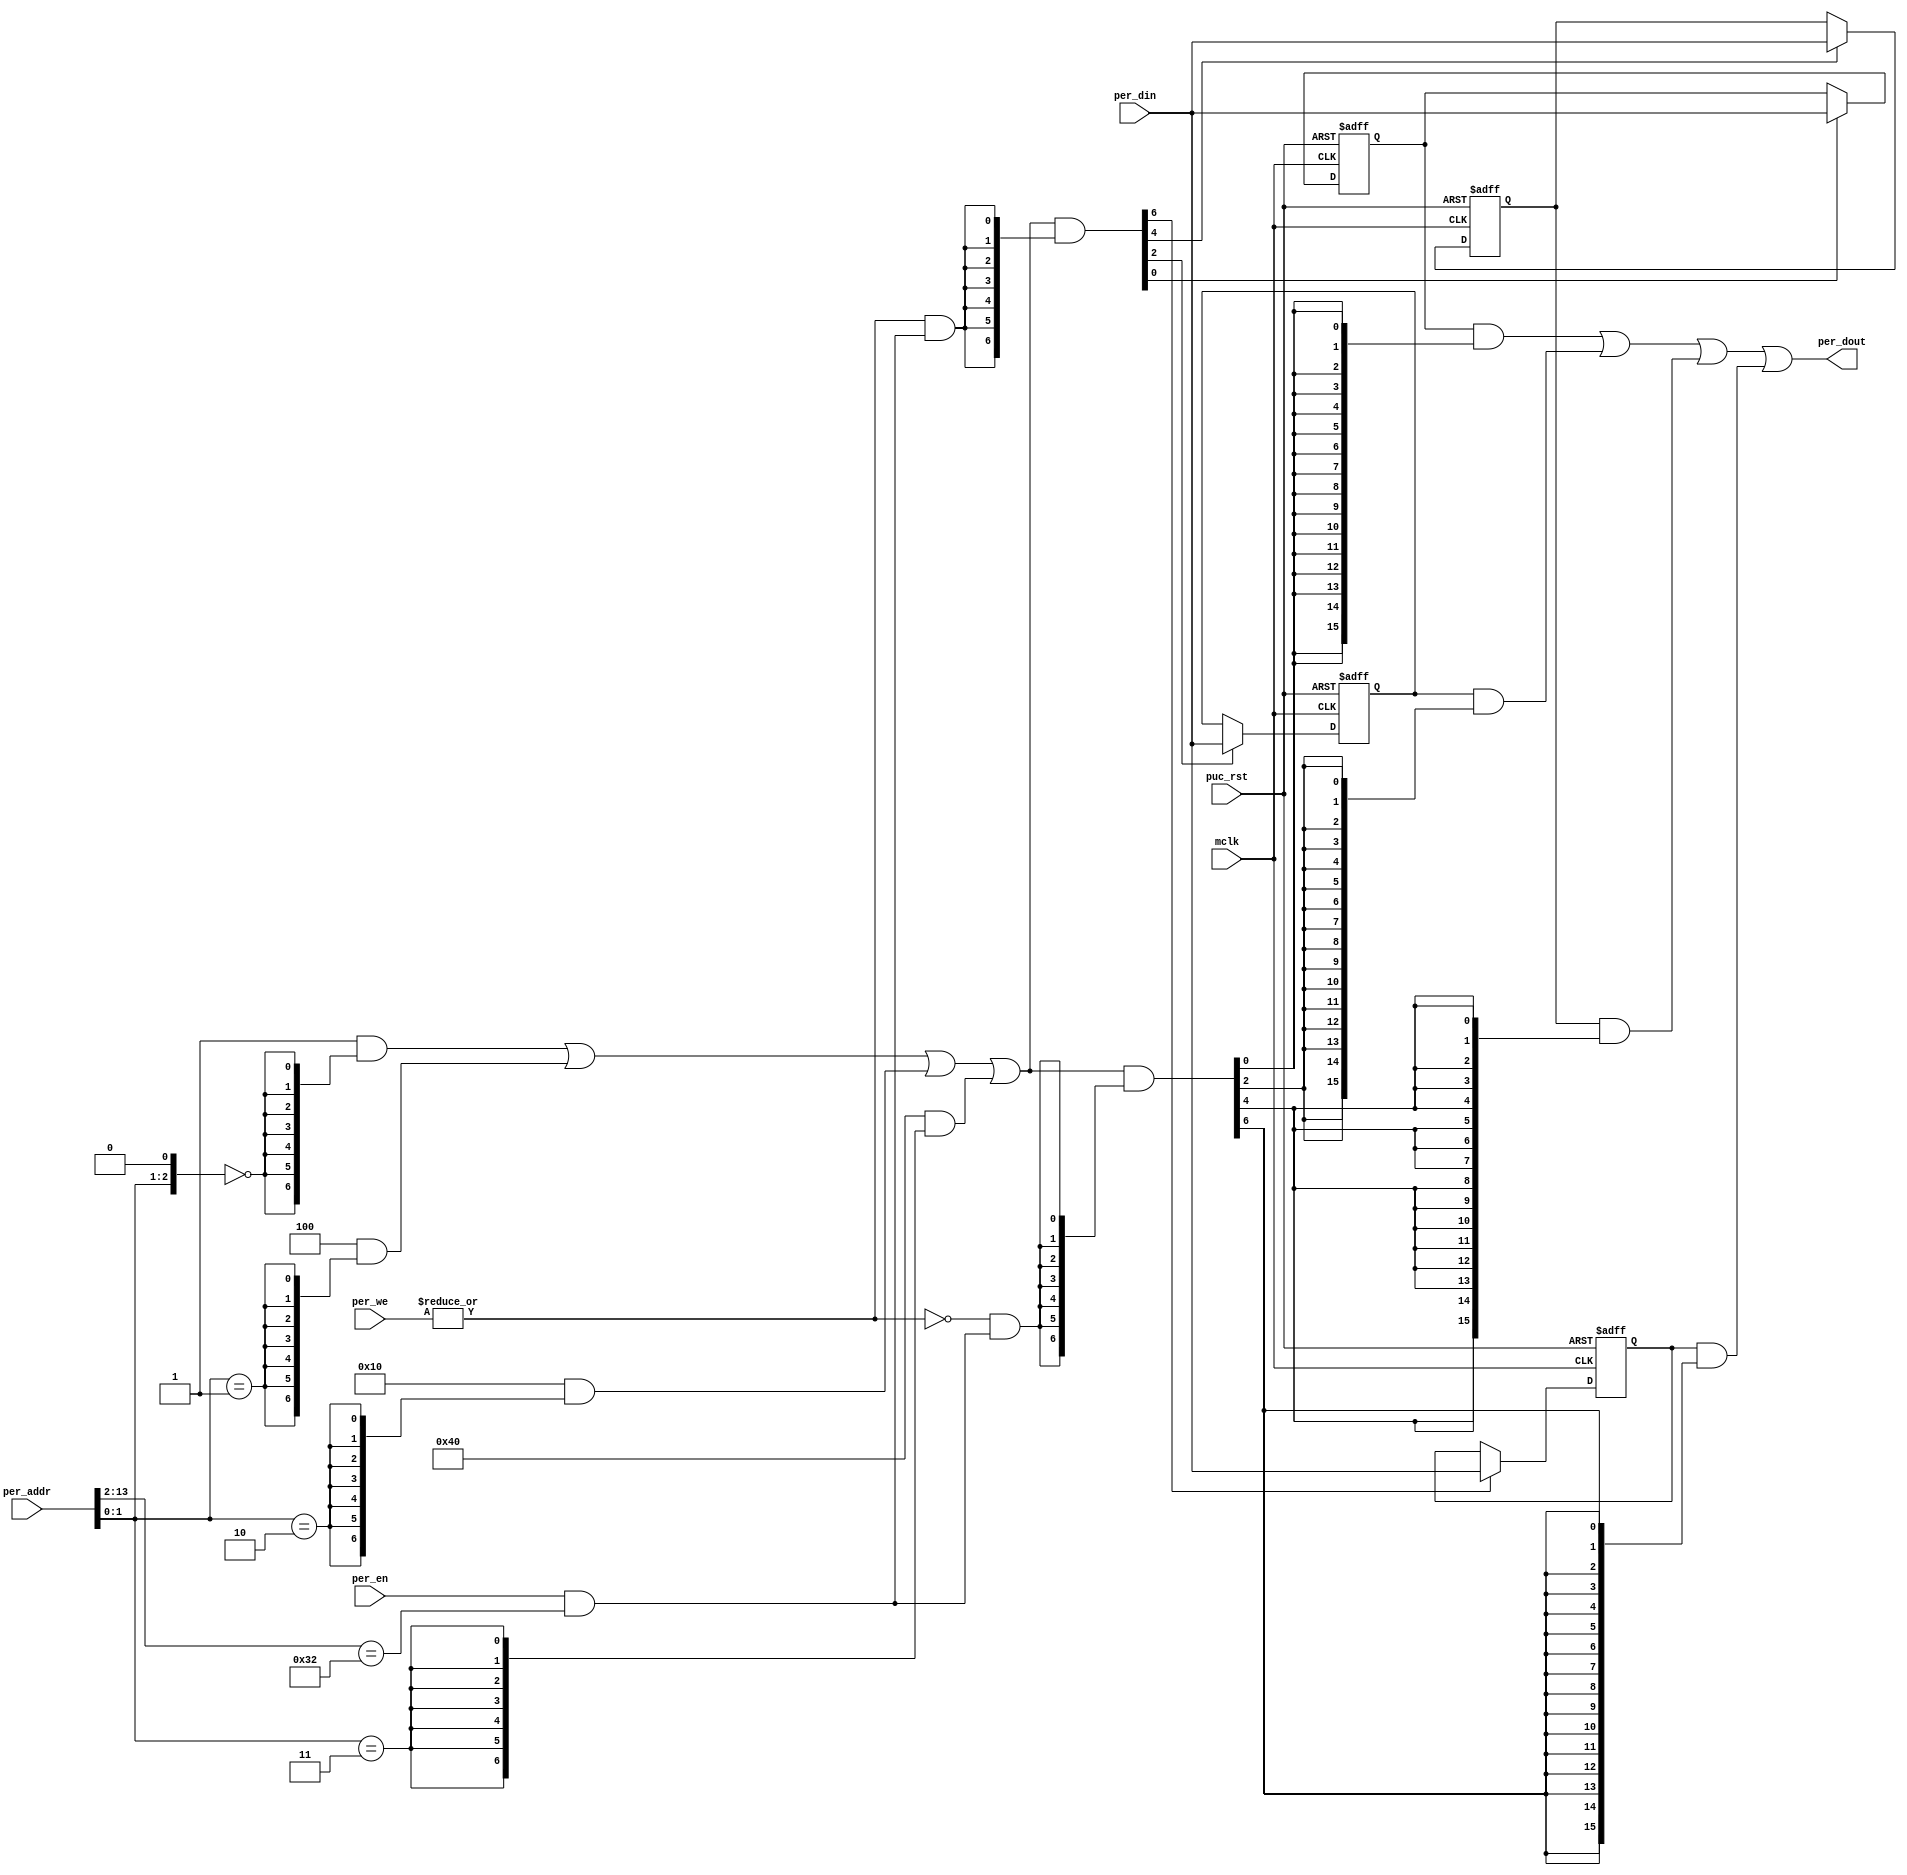
//----------------------------------------------------------------------------
// Copyright (C) 2009 , Olivier Girard
//
// Redistribution and use in source and binary forms, with or without
// modification, are permitted provided that the following conditions
// are met:
//     * Redistributions of source code must retain the above copyright
//       notice, this list of conditions and the following disclaimer.
//     * Redistributions in binary form must reproduce the above copyright
//       notice, this list of conditions and the following disclaimer in the
//       documentation and/or other materials provided with the distribution.
//     * Neither the name of the authors nor the names of its contributors
//       may be used to endorse or promote products derived from this software
//       without specific prior written permission.
//
// THIS SOFTWARE IS PROVIDED BY THE COPYRIGHT HOLDERS AND CONTRIBUTORS "AS IS"
// AND ANY EXPRESS OR IMPLIED WARRANTIES, INCLUDING, BUT NOT LIMITED TO, THE
// IMPLIED WARRANTIES OF MERCHANTABILITY AND FITNESS FOR A PARTICULAR PURPOSE
// ARE DISCLAIMED. IN NO EVENT SHALL THE COPYRIGHT HOLDER OR CONTRIBUTORS BE
// LIABLE FOR ANY DIRECT, INDIRECT, INCIDENTAL, SPECIAL, EXEMPLARY,
// OR CONSEQUENTIAL DAMAGES (INCLUDING, BUT NOT LIMITED TO, PROCUREMENT OF
// SUBSTITUTE GOODS OR SERVICES; LOSS OF USE, DATA, OR PROFITS; OR BUSINESS
// INTERRUPTION) HOWEVER CAUSED AND ON ANY THEORY OF LIABILITY, WHETHER IN
// CONTRACT, STRICT LIABILITY, OR TORT (INCLUDING NEGLIGENCE OR OTHERWISE)
// ARISING IN ANY WAY OUT OF THE USE OF THIS SOFTWARE, EVEN IF ADVISED OF
// THE POSSIBILITY OF SUCH DAMAGE
//
//----------------------------------------------------------------------------
//
// *File Name: template_periph_16b.v
// 
// *Module Description:
//                       16 bit peripheral template.
//
// *Author(s):
//              - Olivier Girard,    olgirard@gmail.com
//
//----------------------------------------------------------------------------
// $Rev: 134 $
// $LastChangedBy: olivier.girard $
// $LastChangedDate: 2012-03-22 21:31:06 +0100 (Thu, 22 Mar 2012) $
//----------------------------------------------------------------------------

module  template_periph_16b (

// OUTPUTs
    per_dout,                       // Peripheral data output

// INPUTs
    mclk,                           // Main system clock
    per_addr,                       // Peripheral address
    per_din,                        // Peripheral data input
    per_en,                         // Peripheral enable (high active)
    per_we,                         // Peripheral write enable (high active)
    puc_rst                         // Main system reset
);

// OUTPUTs
//=========
output       [15:0] per_dout;       // Peripheral data output

// INPUTs
//=========
input               mclk;           // Main system clock
input        [13:0] per_addr;       // Peripheral address
input        [15:0] per_din;        // Peripheral data input
input               per_en;         // Peripheral enable (high active)
input         [1:0] per_we;         // Peripheral write enable (high active)
input               puc_rst;        // Main system reset


//=============================================================================
// 1)  PARAMETER DECLARATION
//=============================================================================

// Register base address (must be aligned to decoder bit width)
parameter       [14:0] BASE_ADDR   = 15'h0190;

// Decoder bit width (defines how many bits are considered for address decoding)
parameter              DEC_WD      =  3;

// Register addresses offset
parameter [DEC_WD-1:0] CNTRL1      = 'h0,
                       CNTRL2      = 'h2,
                       CNTRL3      = 'h4,
                       CNTRL4      = 'h6;

// Register one-hot decoder utilities
parameter              DEC_SZ      =  (1 << DEC_WD);
parameter [DEC_SZ-1:0] BASE_REG    =  {{DEC_SZ-1{1'b0}}, 1'b1};

// Register one-hot decoder
parameter [DEC_SZ-1:0] CNTRL1_D    = (BASE_REG << CNTRL1),
                       CNTRL2_D    = (BASE_REG << CNTRL2),
                       CNTRL3_D    = (BASE_REG << CNTRL3),
                       CNTRL4_D    = (BASE_REG << CNTRL4);


//============================================================================
// 2)  REGISTER DECODER
//============================================================================

// Local register selection
wire              reg_sel   =  per_en & (per_addr[13:DEC_WD-1]==BASE_ADDR[14:DEC_WD]);

// Register local address
wire [DEC_WD-1:0] reg_addr  =  {per_addr[DEC_WD-2:0], 1'b0};

// Register address decode
wire [DEC_SZ-1:0] reg_dec   =  (CNTRL1_D  &  {DEC_SZ{(reg_addr == CNTRL1 )}})  |
                               (CNTRL2_D  &  {DEC_SZ{(reg_addr == CNTRL2 )}})  |
                               (CNTRL3_D  &  {DEC_SZ{(reg_addr == CNTRL3 )}})  |
                               (CNTRL4_D  &  {DEC_SZ{(reg_addr == CNTRL4 )}});

// Read/Write probes
wire              reg_write =  |per_we & reg_sel;
wire              reg_read  = ~|per_we & reg_sel;

// Read/Write vectors
wire [DEC_SZ-1:0] reg_wr    = reg_dec & {DEC_SZ{reg_write}};
wire [DEC_SZ-1:0] reg_rd    = reg_dec & {DEC_SZ{reg_read}};


//============================================================================
// 3) REGISTERS
//============================================================================

// CNTRL1 Register
//-----------------   
reg  [15:0] cntrl1;

wire        cntrl1_wr = reg_wr[CNTRL1];

always @ (posedge mclk or posedge puc_rst)
  if (puc_rst)        cntrl1 <=  16'h0000;
  else if (cntrl1_wr) cntrl1 <=  per_din;

   
// CNTRL2 Register
//-----------------   
reg  [15:0] cntrl2;

wire        cntrl2_wr = reg_wr[CNTRL2];

always @ (posedge mclk or posedge puc_rst)
  if (puc_rst)        cntrl2 <=  16'h0000;
  else if (cntrl2_wr) cntrl2 <=  per_din;

   
// CNTRL3 Register
//-----------------   
reg  [15:0] cntrl3;

wire        cntrl3_wr = reg_wr[CNTRL3];

always @ (posedge mclk or posedge puc_rst)
  if (puc_rst)        cntrl3 <=  16'h0000;
  else if (cntrl3_wr) cntrl3 <=  per_din;

   
// CNTRL4 Register
//-----------------   
reg  [15:0] cntrl4;

wire        cntrl4_wr = reg_wr[CNTRL4];

always @ (posedge mclk or posedge puc_rst)
  if (puc_rst)        cntrl4 <=  16'h0000;
  else if (cntrl4_wr) cntrl4 <=  per_din;


//============================================================================
// 4) DATA OUTPUT GENERATION
//============================================================================

// Data output mux
wire [15:0] cntrl1_rd  = cntrl1  & {16{reg_rd[CNTRL1]}};
wire [15:0] cntrl2_rd  = cntrl2  & {16{reg_rd[CNTRL2]}};
wire [15:0] cntrl3_rd  = cntrl3  & {16{reg_rd[CNTRL3]}};
wire [15:0] cntrl4_rd  = cntrl4  & {16{reg_rd[CNTRL4]}};

wire [15:0] per_dout   =  cntrl1_rd  |
                          cntrl2_rd  |
                          cntrl3_rd  |
                          cntrl4_rd;


endmodule // template_periph_16b